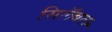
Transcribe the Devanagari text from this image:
सिलॅबल